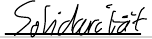
Solidarität